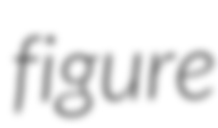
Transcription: figure